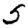
Digit: 5